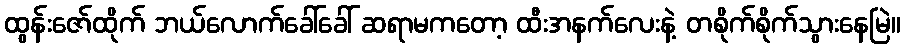
ထွန်းဇော်ထိုက် ဘယ်လောက်ခေါ်ခေါ် ဆရာမကတော့ ထီးအနက်လေးနဲ့ တစိုက်စိုက်သွားနေမြဲ။